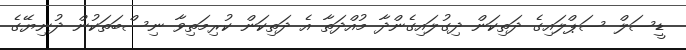
ޑީސަލް ސަޕްލައިގެ ދަތިކަން ދިގުލައިގެންދާ މުއްދަތާ އެ ދަތިކަން ކުރިމަތިވާ ނިސްބަތަކުން ދުނިޔޭގެ